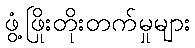
ဖွံ့ဖြိုးတိုးတက်မှုများ